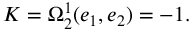
K = \Omega _ { 2 } ^ { 1 } ( e _ { 1 } , e _ { 2 } ) = - 1 .